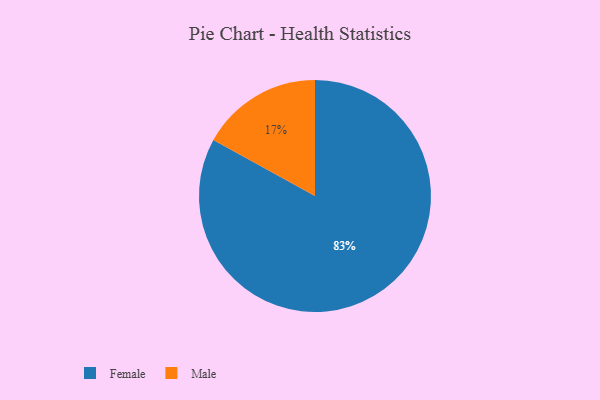
{"axis": {"x": "Category", "y": "Percentage"}, "legend": ["Female", "Male"], "data": [{"x": "Female", "y": 83, "type": "Female"}, {"x": "Male", "y": 17, "type": "Male"}]}